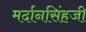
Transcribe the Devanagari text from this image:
मर्दानसिंहजी